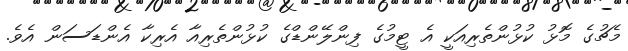
މެޗުގެ މޮޅު ކުޅުންތެރިއަކީ އެ ޓީމުގެ ފިންލޭންޑްގެ ކުޅުންތެރިއާ އެރިކާ އެންޑަސަން އެވެ.